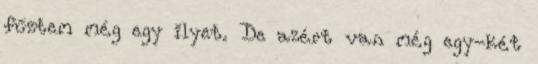
fűztem még egy ilyet. De azért van még egy-két